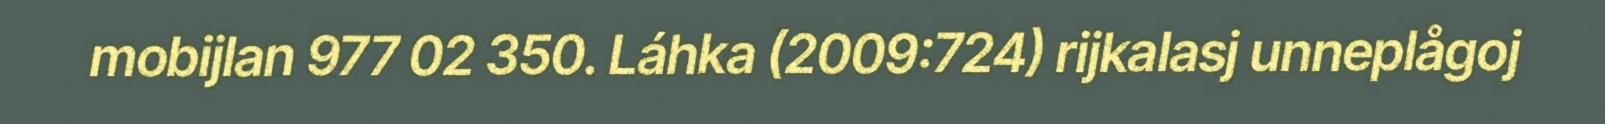
mobijlan 977 02 350. Láhka (2009:724) rijkalasj unneplågoj